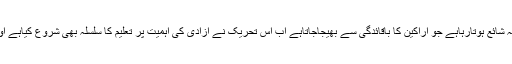
ابتدا میں اس تحریک کا ایک ماہانہ رسالہ شائع ہوتارہاہے جو اراکین کا باقائدگی سے بھیجاجاتاہے اب اس تحریک نے آزادی کی اہمیت پر تعلیم کا سلسلہ بھی شروع کیاہے اور کانفرنسوں کا انعقادبھی کیاجا رہاہے۔